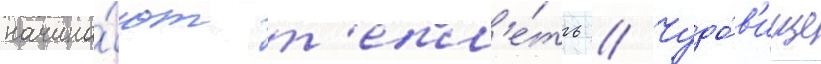
начина́ют т'епл'е́ть // Чудо́в'ище